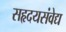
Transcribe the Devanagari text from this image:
सहृदयसंवेद्य